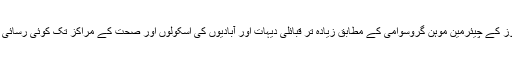
نئی دہلی کے سینٹر فار پالیسی آلٹرنیٹوز کے چیئرمین موہن گروسوامی کے مطابق زیادہ تر قبائلی دیہات اور آبادیوں کی اسکولوں اور صحت کے مراکز تک کوئی رسائی نہیں ہے، بجلی کو تو بھول ہی جائیں۔